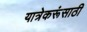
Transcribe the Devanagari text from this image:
यात्रेकरूंसाठी